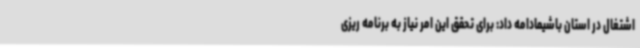
اشتغال در استان باشیمادامه داد: برای تحقق این امر نیاز به برنامه ریزی